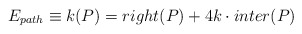
\begin{align*}E_{path} \equiv k(P)= right(P) + 4 k \cdot inter(P)\end{align*}